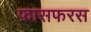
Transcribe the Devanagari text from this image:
फासफरस